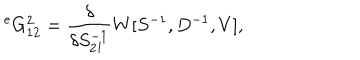
LaTeX: { } ^ { e } G _ { 1 2 } ^ { 2 } = \frac { \delta } { \delta S _ { 2 1 } ^ { - 1 } } W [ S ^ { - 1 } , D ^ { - 1 } , V ] ,